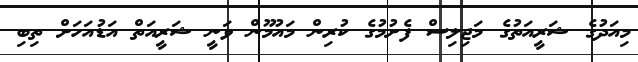
މިއަދުގެ ޝަރީއަތުގެ މަޖިލިސް ފެށުމުގެ ކުރިން މައުމޫން ވަނީ ޝަރީއަތް އަޑުއަހަށް ތިބި